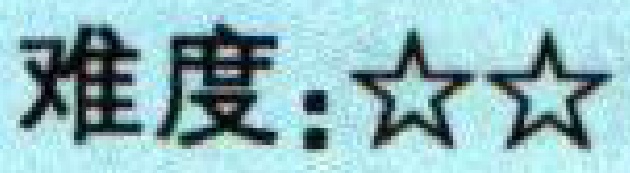
难度：$\bigstar\bigstar$